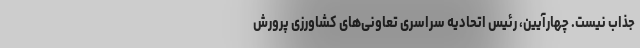
جذاب نیست. چهارآیین، رئیس اتحادیه سراسری تعاونی‌های کشاورزی پرورش